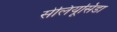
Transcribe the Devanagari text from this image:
सेलियूसिडा